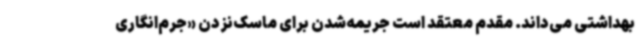
بهداشتی می‌داند. مقدم معتقد است جریمه‌شدن برای ماسک‌نزدن «جرم‌انگاری